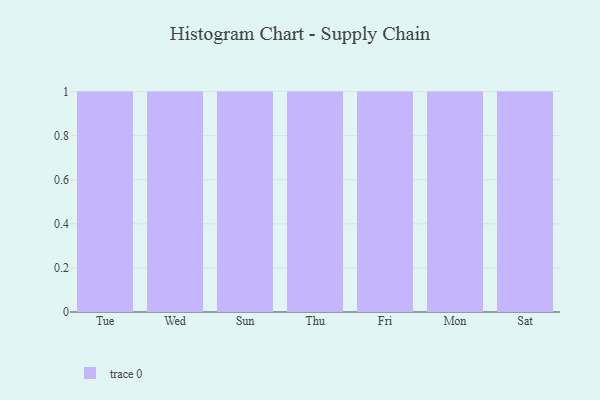
{"axis": {"x": "Day", "y": "Revenue (USD Million)"}, "legend": [""], "data": [{"x": "Tue", "y": 99, "type": ""}, {"x": "Wed", "y": 28, "type": ""}, {"x": "Sun", "y": 21, "type": ""}, {"x": "Thu", "y": 37, "type": ""}, {"x": "Fri", "y": 6, "type": ""}, {"x": "Mon", "y": 100, "type": ""}, {"x": "Sat", "y": 18, "type": ""}]}